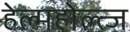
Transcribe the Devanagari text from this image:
हेल्महोल्त्ज